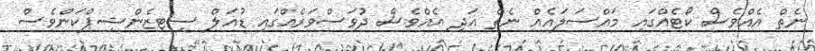
ނެތް އެއްވެސް ކޯޓެއްގައި މައްސަލައެއް ނެތް އަދި އެއްވެސް ދުވަސްވަރެއްގައި ޑުއަލް ސިޓިޒެންޝިޕްކަންވެސް